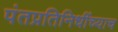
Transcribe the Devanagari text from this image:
पंतप्रतिनिधींच्याच